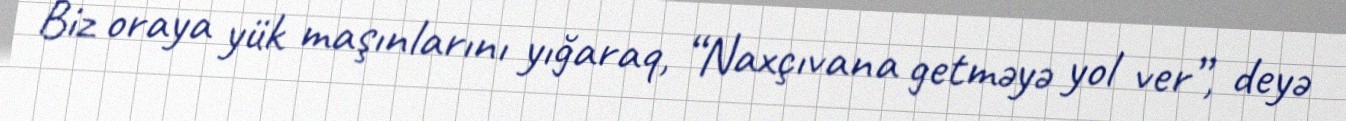
Biz oraya yük maşınlarını yığaraq, “Naxçıvana getməyə yol ver”, deyə